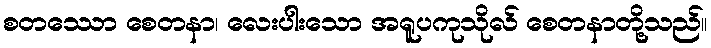
စတဿော စေတနာ၊ လေးပါးသော အရူပကုသိုလ် စေတနာတို့သည်။